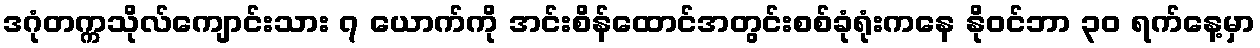
ဒဂုံတက္ကသိုလ်ကျောင်းသား ၇ ယောက်ကို အင်းစိန်ထောင်အတွင်းစစ်ခုံရုံးကနေ နို၀င်ဘာ ၃၀ ရက်နေ့မှာ